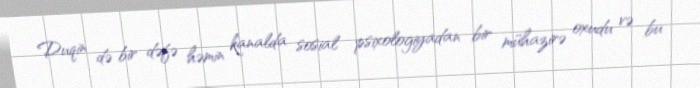
Duqin də bir dəfə həmin kanalda sosial psixologiyadan bir mühazirə oxudu və bu